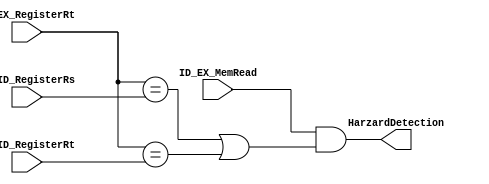
module HarzardDetectionUnit(
    input      ID_EX_MemRead,
    input[1:0] IF_ID_RegisterRs,
    input[1:0] IF_ID_RegisterRt,
    input[1:0] ID_EX_RegisterRt,
    
    output HarzardDetection
);
    assign HarzardDetection = ID_EX_MemRead && ( ( ID_EX_RegisterRt == IF_ID_RegisterRs ) || ( ID_EX_RegisterRt == IF_ID_RegisterRt ) );
    
endmodule

/*
if (ID/EX.MemRead and
 ((ID/EX.RegisterRt = IF/ID.RegisterRs) or
 (ID/EX.RegisterRt = IF/ID.RegisterRt)))
 stall the pipeline
 */